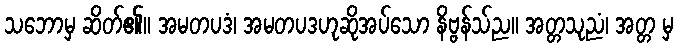
သဘောမှ ဆိတ်၏။ အမတပဒံ၊ အမတပဒဟုဆိုအပ်သော နိဗ္ဗန်သ်ည။ အတ္တသုညံ၊ အတ္တ မှ